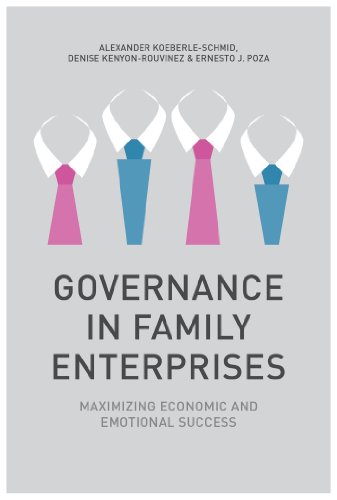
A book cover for Governance in Family Enterprises: Maximising Economic and Emotional Success; Alexander Koeberle-Schmid; Business & Money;